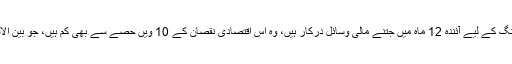
ایک اور اہم بات یہ بھی ہے کہ نئے کورونا وائرس کی عالمی وبا کے خلاف فیصلہ کن جنگ کے لیے آئندہ 12 ماہ میں جتنے مالی وسائل درکار ہیں، وہ اس اقتصادی نقصان کے 10 ویں حصے سے بھی کم ہیں، جو بین الاقوامی مالیاتی فنڈ کے مطابق عالمی معیشت کو اس وبا کی وجہ سے ہر مہینے ہو رہا ہے۔